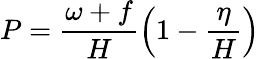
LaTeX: P=\frac{\omega+f}{H}\left(1-\frac{\eta}{H}\right)